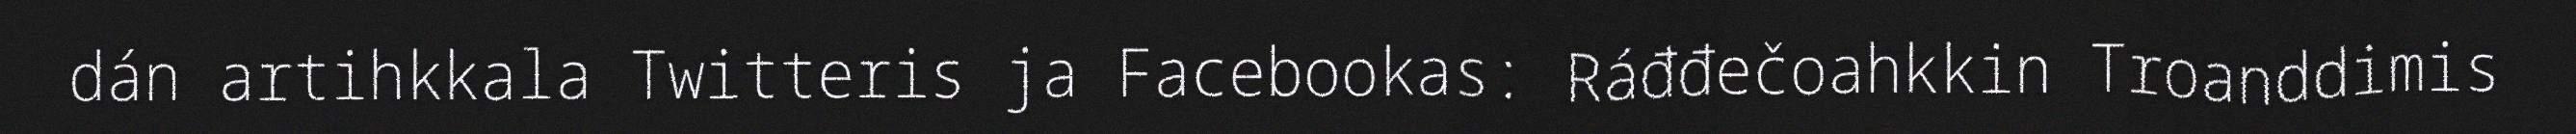
dán artihkkala Twitteris ja Facebookas: Ráđđečoahkkin Troanddimis